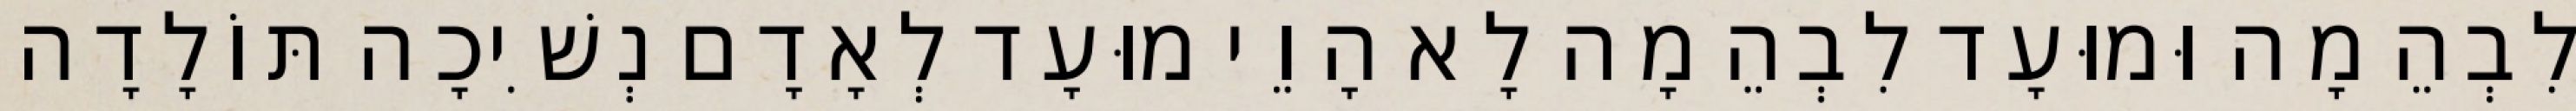
לִבְהֵמָה וּמוּעָד לִבְהֵמָה לָא הָוֵי מוּעָד לְאָדָם נְשִׁיכָה תּוֹלָדָה